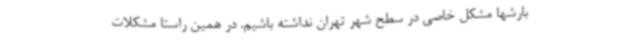
بارشها مشکل خاصی در سطح شهر تهران نداشته باشیم. در همین راستا مشکلات